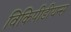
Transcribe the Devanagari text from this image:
विकिपीडीयन्स